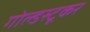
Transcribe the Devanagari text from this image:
गोल्डस्टूकर